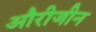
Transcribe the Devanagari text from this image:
औरीजीन